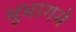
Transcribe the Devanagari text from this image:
भूभागमे